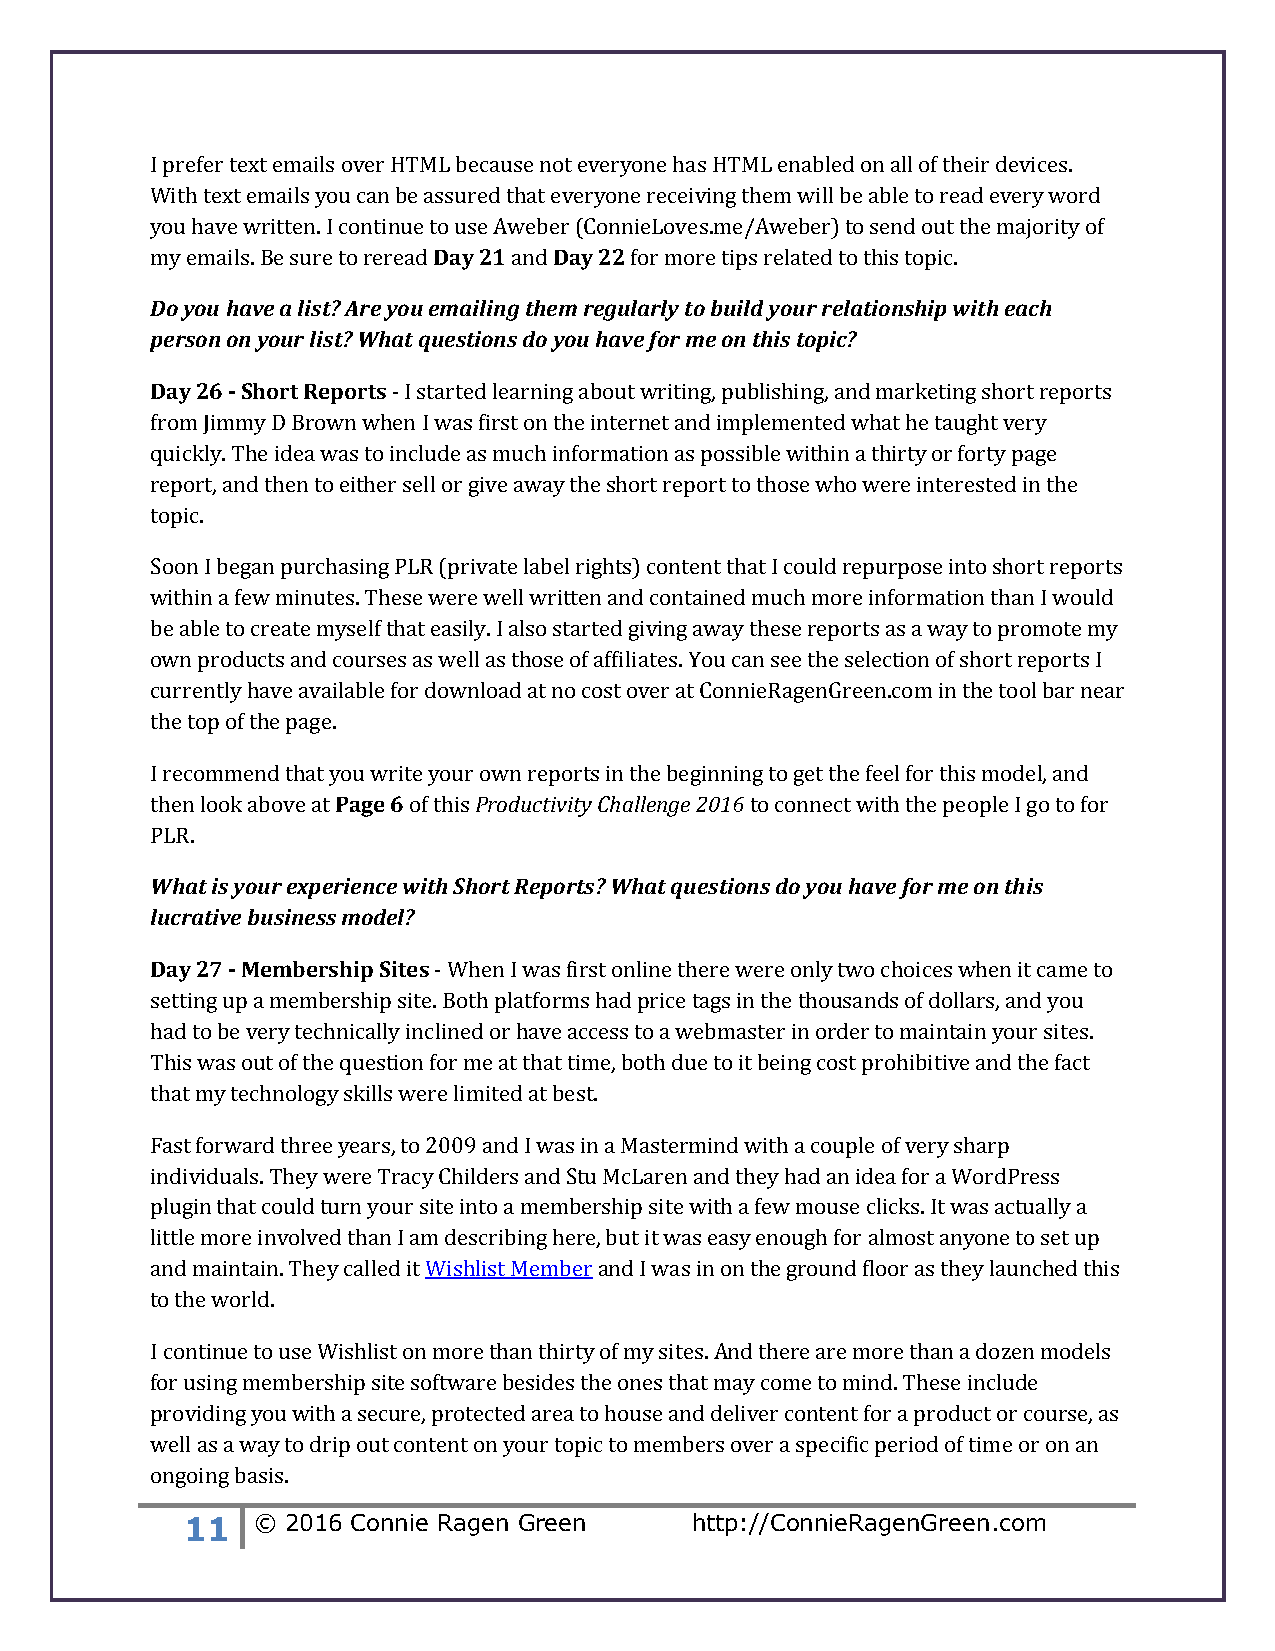
I prefer text emails over HTML because not everyone has HTML enabled on all of their devices.
 With text emails you can be assured that everyone receiving them will be able to read every word
 you have written. I continue to use Aweber (ConnieLoves.me/Aweber) to send out the majority of
 my emails. Be sure to reread Day 21 and Day 22 for more tips related to this topic.
 Do you have a list? Are you emailing them regularly to build your relationship with each
 person on your list? What questions do you have for me on this topic?
 Day 26 - Short Reports - I started learning about writing, publishing, and marketing short reports
 from Jimmy D Brown when I was first on the internet and implemented what he taught very
 quickly. The idea was to include as much information as possible within a thirty or forty page
 report, and then to either sell or give away the short report to those who were interested in the
 topic.
 Soon I began purchasing PLR (private label rights) content that I could repurpose into short reports
 within a few minutes. These were well written and contained much more information than I would
 be able to create myself that easily. I also started giving away these reports as a way to promote my
 own products and courses as well as those of affiliates. You can see the selection of short reports I
 currently have available for download at no cost over at ConnieRagenGreen.com in the tool bar near
 the top of the page.
 I recommend that you write your own reports in the beginning to get the feel for this model, and
 then look above at Page 6 of this Productivity Challenge 2016 to connect with the people I go to for
 PLR.
 What is your experience with Short Reports? What questions do you have for me on this
 lucrative business model?
 Day 27 - Membership Sites - When I was first online there were only two choices when it came to
 setting up a membership site. Both platforms had price tags in the thousands of dollars, and you
 had to be very technically inclined or have access to a webmaster in order to maintain your sites.
 This was out of the question for me at that time, both due to it being cost prohibitive and the fact
 that my technology skills were limited at best.
 Fast forward three years, to 2009 and I was in a Mastermind with a couple of very sharp
 individuals. They were Tracy Childers and Stu McLaren and they had an idea for a WordPress
 plugin that could turn your site into a membership site with a few mouse clicks. It was actually a
 little more involved than I am describing here, but it was easy enough for almost anyone to set up
 and maintain. They called it Wishlist Member and I was in on the ground floor as they launched this
 to the world.
 I continue to use Wishlist on more than thirty of my sites. And there are more than a dozen models
 for using membership site software besides the ones that may come to mind. These include
 providing you with a secure, protected area to house and deliver content for a product or course, as
 well as a way to drip out content on your topic to members over a specific period of time or on an
 ongoing basis.
 11   © 2016 Connie Ragen Green    http://ConnieRagenGreen.com